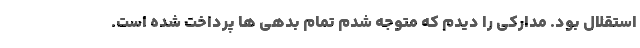
استقلال بود. مدارکی را دیدم که متوجه شدم تمام بدهی ها پرداخت شده است.